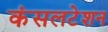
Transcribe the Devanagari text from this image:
कंसलटेशन